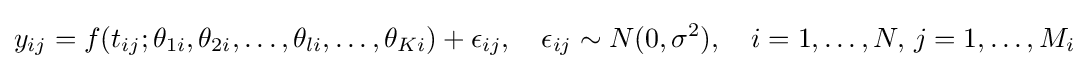
{y}_{ij}=f(t_{ij};\theta _{1i},\theta _{2i},\ldots ,\theta _{li},\ldots ,\theta _{Ki})+\epsilon _{ij},\quad \epsilon _{ij}\sim N(0,\sigma ^{2}),\quad i=1,\ldots ,N,\,j=1,\ldots ,M_{i}